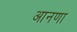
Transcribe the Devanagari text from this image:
आनणा